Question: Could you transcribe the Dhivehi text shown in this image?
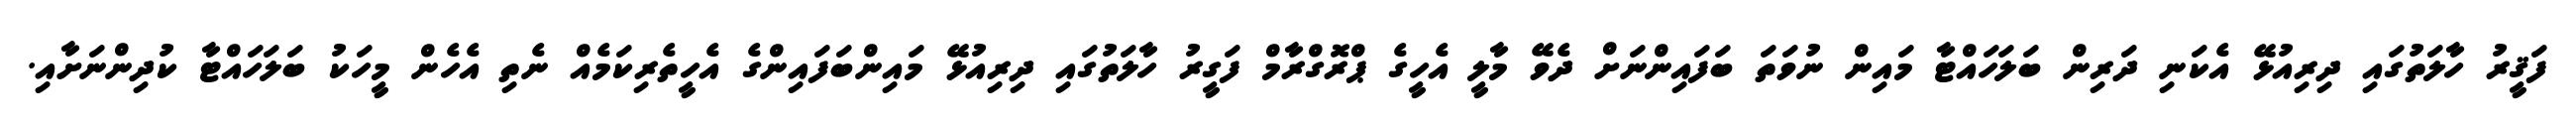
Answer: ފަޤީރު ހާލަތުގައި ދިރިއުޅޭ އެކަނި ދަރިން ބަލަހައްޓާ މައިން ނުވަތަ ބަފައިންނަށް ދެވޭ މާލީ އެހީގެ ޕްރޮގްރާމް ފަގީރު ހާލަތުގައި ދިރިއުޅޭ މައިންބަފައިންގެ އެހީތެރިކަމެއް ނެތި އެހެން މީހަކު ބަލަހައްޓާ ކުދިންނަށާއި.